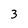
Character: 3